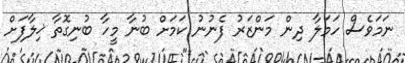
ނަމަވެސް ހަމަލާ ދިން މަންޒަރު ފެނުނު ކަމަށް ބުނާ މީހާ ބުނިގޮތާ ޚިލާފަށް